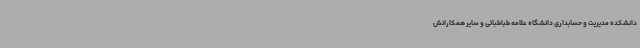
دانشکده مدیریت و حسابداری دانشگاه علامه طباطبائی و سایر همکارانش